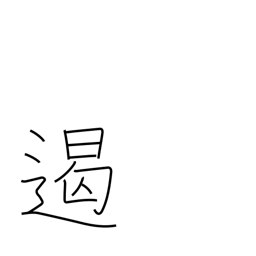
Meaning: suppress